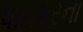
પાટકરના